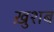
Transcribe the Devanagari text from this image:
ख़ुशब